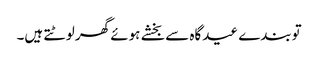
توبندے عیدگاہ سے بخشے ہوئے گھر لوٹتے ہیں۔